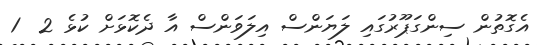
އެގޮތުން ސިންގަޕޫރުގައި ލަޔަންސް އިލަވަންސް އާ ދެކޮޅަށް ކުޅެ 2  1